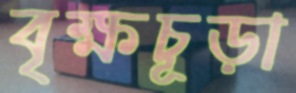
বৃক্ষচূড়া